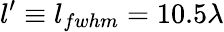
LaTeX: l^{\prime}\equiv l_{fwhm}=10.5\lambda